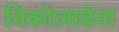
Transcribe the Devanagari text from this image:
निकोलावेना